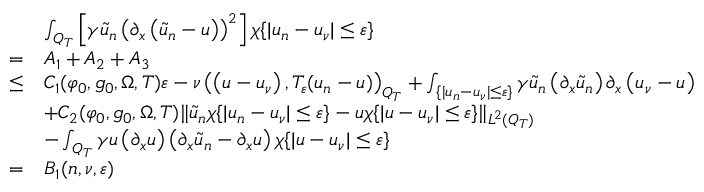
\begin{array} { r l } & { \int _ { Q _ { T } } \left[ \gamma \tilde { u } _ { n } \left( \partial _ { x } \left( \tilde { u } _ { n } - u \right) \right) ^ { 2 } \right] \chi \{ | u _ { n } - u _ { \nu } | \leq \varepsilon \} } \\ { = } & { A _ { 1 } + A _ { 2 } + A _ { 3 } } \\ { \leq } & { C _ { 1 } ( \varphi _ { 0 } , g _ { 0 } , \Omega , T ) \varepsilon - \nu \left( \left( u - u _ { \nu } \right) , T _ { \varepsilon } ( u _ { n } - u ) \right) _ { Q _ { T } } + \int _ { \{ | u _ { n } - u _ { \nu } | \leq \varepsilon \} } \gamma \tilde { u } _ { n } \left( \partial _ { x } \tilde { u } _ { n } \right) \partial _ { x } \left( u _ { \nu } - u \right) } \\ & { + C _ { 2 } ( \varphi _ { 0 } , g _ { 0 } , \Omega , T ) \lVert \tilde { u } _ { n } \chi \{ | u _ { n } - u _ { \nu } | \leq \varepsilon \} - u \chi \{ | u - u _ { \nu } | \leq \varepsilon \} \rVert _ { L ^ { 2 } ( Q _ { T } ) } } \\ & { - \int _ { Q _ { T } } \gamma u \left( \partial _ { x } u \right) \left( \partial _ { x } \tilde { u } _ { n } - \partial _ { x } u \right) \chi \{ | u - u _ { \nu } | \leq \varepsilon \} } \\ { = } & { B _ { 1 } ( n , \nu , \varepsilon ) } \end{array}